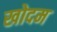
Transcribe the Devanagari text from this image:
खोदम